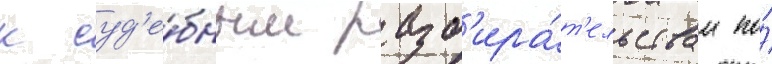
к суд'е́бным разб'ира́т'ельствам по́